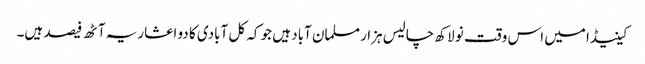
کینیڈا میں اس وقت نو لاکھ چالیس ہزار مسلمان آباد ہیں جو کہ کل آبادی کا دو اعشاریہ آٹھ فیصد ہیں۔